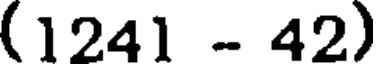
(1241 - 42)